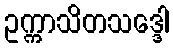
ဥက္ကာသိတသဒ္ဒေါ